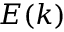
E ( k )